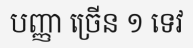
បញ្ញា ច្រើន ១ ទេវ